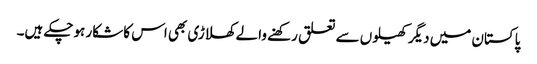
پاکستان میں دیگر کھیلوں سے تعلق رکھنے والے کھلاڑی بھی اس کا شکار ہوچکے ہیں۔